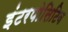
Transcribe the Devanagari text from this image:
इंटरपोसिटिव